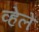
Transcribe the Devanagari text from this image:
व्हेलें